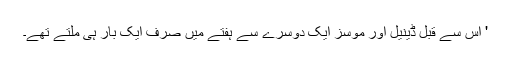
' اس سے قبل ڈینیل اور موسز ایک دوسرے سے ہفتے میں صرف ایک بار ہی ملتے تھے۔